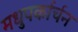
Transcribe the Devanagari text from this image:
मधुपर्कार्चन